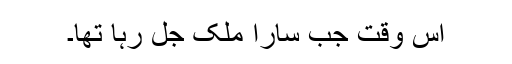
اس وقت جب سارا ملک جل رہا تھا۔